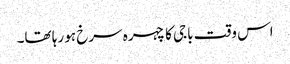
اس وقت باجی کا چہرہ سرخ ہو رہا تھا۔